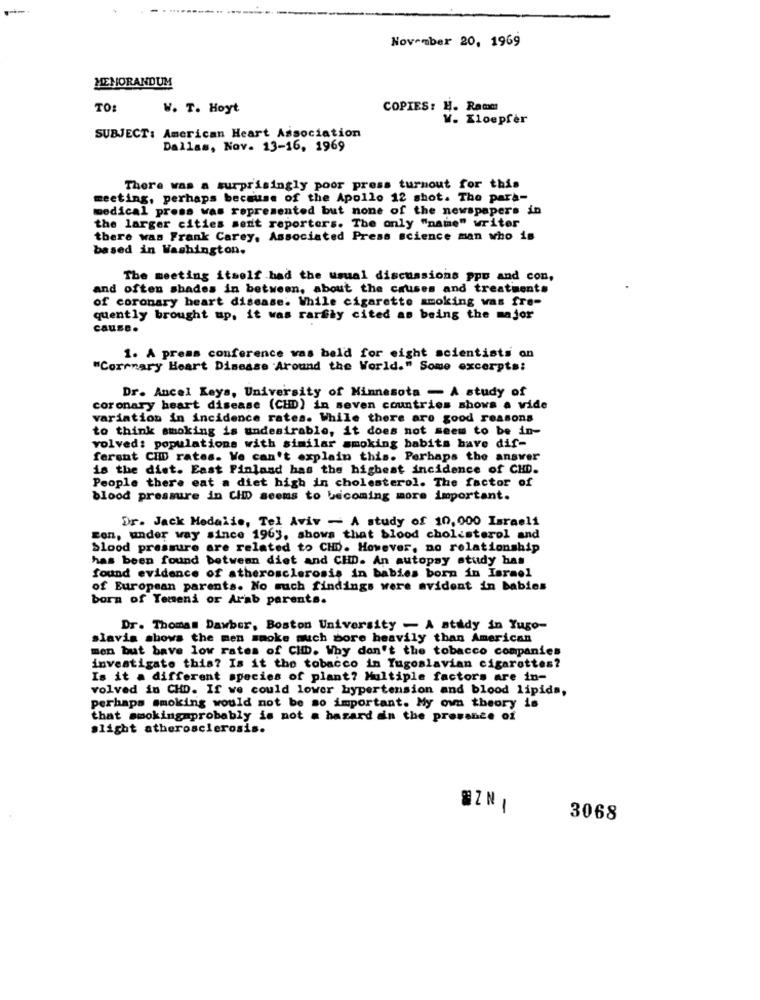
November 20, 1969
MEMORANDUM
TO:
W. T. Hoyt
COPIES: H. Racm
W. Zloepfer
SUBJECT: American Heart Association
Dallas, Nov. 13-16, 1969
There was a surprisingly poor press turnout for this
meeting, perhaps because of the Apollo 12 shot. The para-
medical press was represented but none of the newspapers in
the larger cities sent reporters. The only "name" writer
there was Frank Carey, Associated Press science man who is
based in Washington.
The meeting itself had the usual discussions ppo and con,
and often shades in between, about the causes and treatments
of coronary heart disease. While cigarette smoking was fre-
quently brought up. it was rarfly cited as being the major
cause.
1. A press conference was beld for eight scientists on
"Corrnary Heart Disease 'Around the World." Some excerpts:
Dr. Ancel Keys, University of Minnesota - A study of
coronary heart disease (CHD) in seven countries shows a vide
variation in incidence rates. While there are good reasons
to think smoking is undesirable, it does not seem to be in-
volved: populations with similar smoking babits have dif-
ferent CID rates. We can't explain this. Perhaps the answer
is the dist. East Finland has the highest incidence of CHD.
People there eat a diet high in cholesterol. The factor of
blood pressure in CHDD seems to becoming more important.
Dr. Jack Medalis, Tel Aviv - A study of 10,000 Israeli
Een, under way since 1963, shows that blood cholesterol and
blood pressure are related to CHD. However, no relationship
has been found between diet and CHD. An autopsy study has
found evidence of atherosclerosis in babies born in Israel
of European parents. No much findings were avident in babies
born of Yemeni or Arab parents.
Dr. Thomas Dawber, Boston University - A attdy in Yugo-
slavis shows the men smoke much bore heavily than American
men but bave low rates of CHb. Why don't the tobacco companies
investigate this? Is it tho tobacco in Yugoslavian cigarettes?
Is it a different species of plant? Multiple factors are in-
volved in CHD. If we could lower hypertension and blood lipids,
perhaps smoking would not be so important. My own theory is
that smokingmprobably is not a hazard din the presence of
alight atherosclerosis.
-
3068